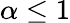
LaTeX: \alpha\leq 1